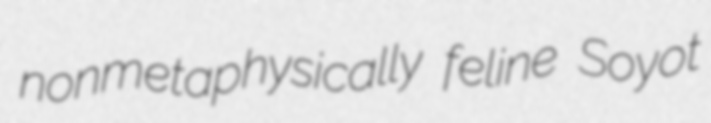
nonmetaphysically feline Soyot